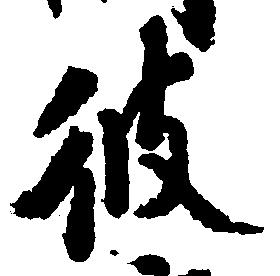
彼